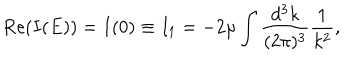
\mathrm { R e } ( I ( E ) ) = I ( 0 ) \equiv I _ { 1 } = - 2 \mu \int \frac { d ^ { 3 } k } { ( 2 \pi ) ^ { 3 } } \frac { 1 } { k ^ { 2 } } ,